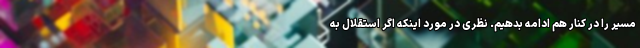
مسیر را در کنار هم ادامه بدهیم. نظری در مورد اینکه اگر استقلال به